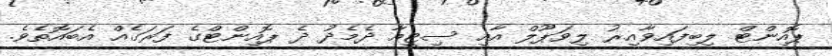
ޕޮއިންޓް ލިބިފައިވާއިރު ލިވަޕޫލް އާއި ސިޓީއާ ދެމެދު ދެ ޕޮއިންޓްގެ ފަރަގެއް އެބައޮތެވެ.